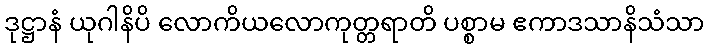
ဒုဋ္ဌာနံ ယုဂါနိပိ လောကိယလောကုတ္တရာတိ ပစ္စာမ ဧကာဒသာနိသံသာ